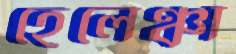
হেলেঞ্চা